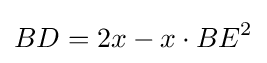
BD=2x-x\cdot BE^{2}